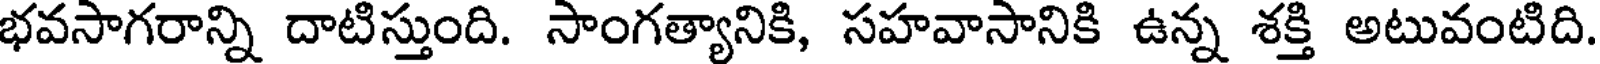
భవసాగరాన్ని దాటిస్తుంది. సాంగత్యానికి, సహవాసానికి ఉన్న శక్తి అటువంటిది